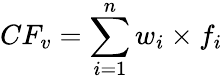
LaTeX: CF_{v}=\sum_{i=1}^{n}w_{i}\times f_{i}